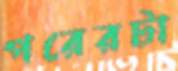
পরেরটা